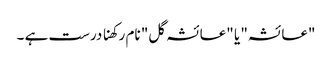
"عائشہ" یا "عائشہ گل" نام رکھنا درست ہے ۔